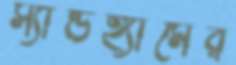
স্যান্ডহ্যামের